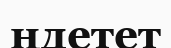
ңдетет